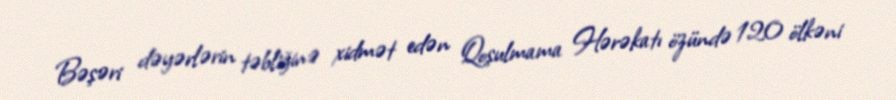
Bəşəri dəyərlərin təbliğinə xidmət edən Qoşulmama Hərəkatı özündə 120 ölkəni